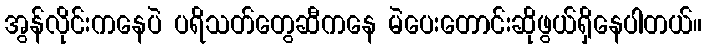
အွန်လိုင်းကနေပဲ ပရိသတ်တွေဆီကနေ မဲပေးတောင်းဆိုဖွယ်ရှိနေပါတယ်။